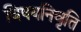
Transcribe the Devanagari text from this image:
विषयनिवृति